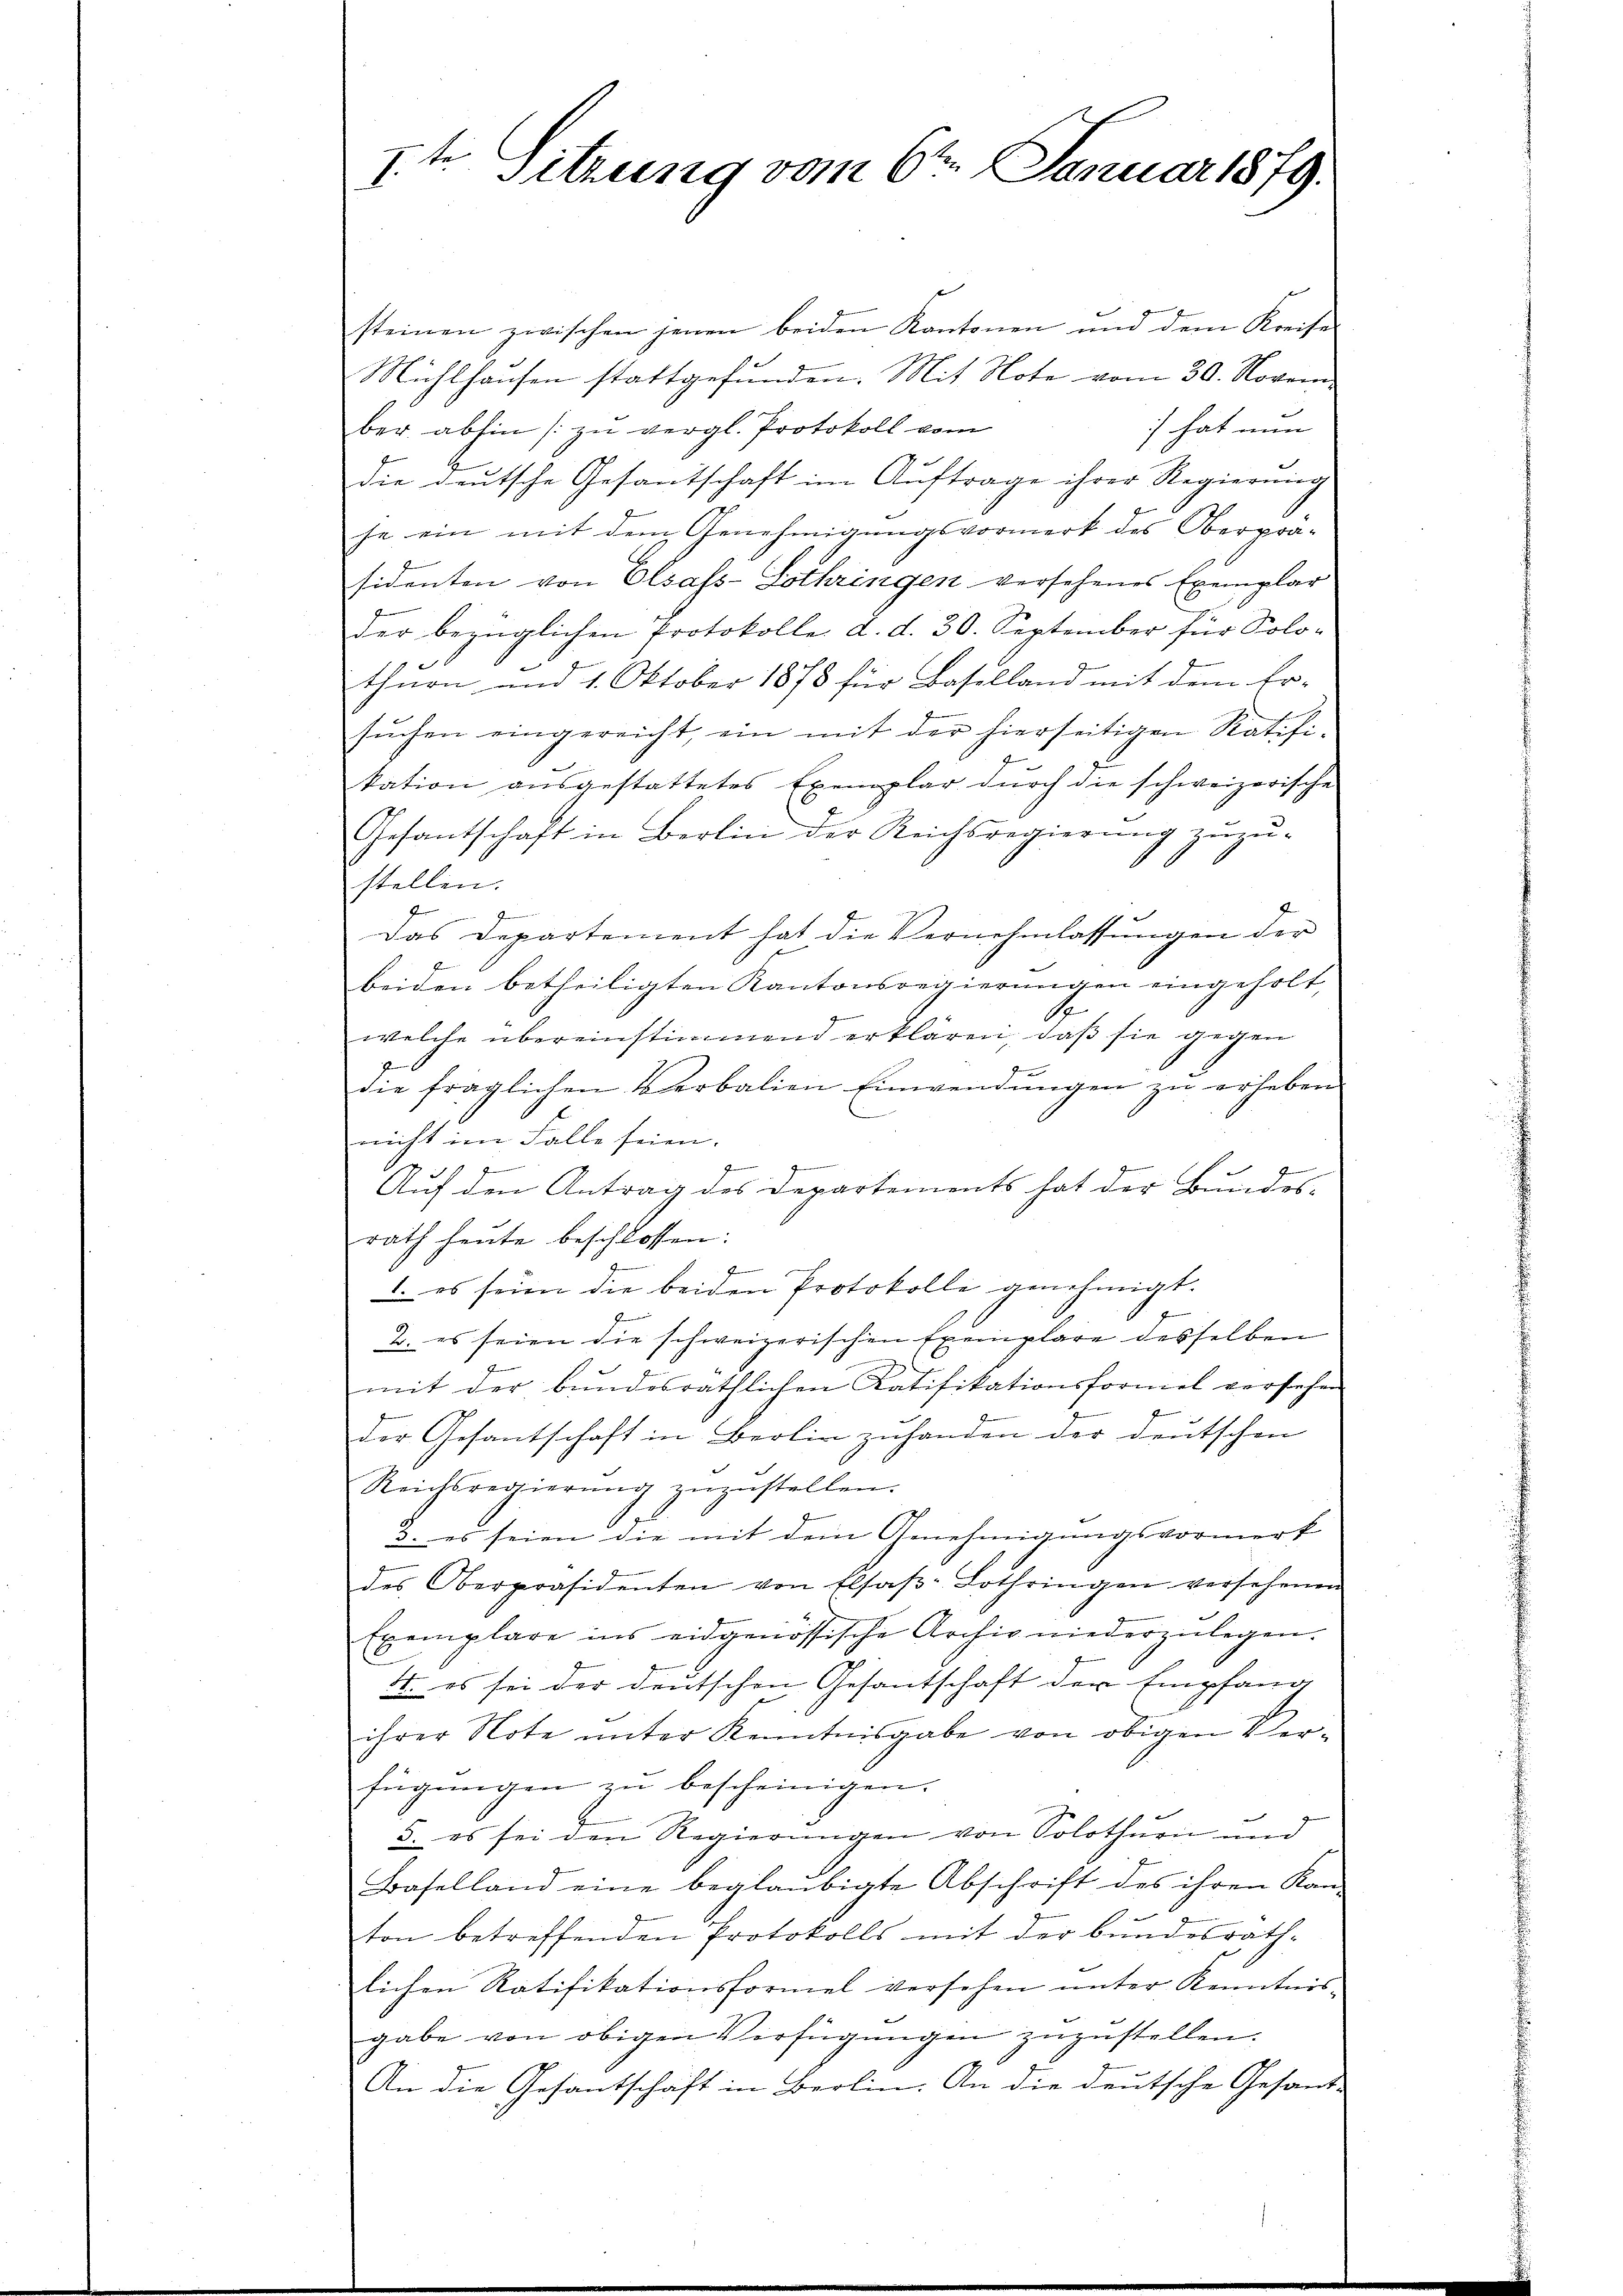
1.t Sitzung vom 6ten Januar 1879.

steinen zwischen jenen beiden Kantonen und dem Kreise
Mühlhausen stattgefunden. Mit Note vom 30. Novem-
) hat nun
ber abhin zu vergl. Protokoll vom
die deutsche Gesantschaft im Auftrage ihrer Regierung
he ein mit dem Genehmigungsvormerk des Oberprä-
sidenten von Elsass-Lothringen versehenes Exemplar
der bezüglichen Protokolle d. d. 30. September für Solo-
thurn und 1. Oktober 1878 für Baselland mit dem Er-
suchen eingereicht, ein mit der hierseitigen Ratifi-
kation aŭsgestattetes Exemplar dŭrch die schweizerische
Gesandtschaft in Berlin der Reichsregierung zuzu-
stellen.
J
.
das Departement hat die Vernehmlassŭngen der
beiden betheiligten Kantonsregierungen eingeholt,
1
welche übereinstimmend erklären, daß sie gegen
p
die fraglichen Verbalien Einwendungen zu erheben.
nicht im Falle seien.
Seiner Gemein
1 x
Auf den Antrag des Departements hat der Bundes-
rath heute beschlossen:
f
1. es sein die beiden Protokolle genehmigt.
2. es seien die schweizerischen Exemplare desselben

mit der bundesräthlichen Ratifikationsformel versehen
der Gesantschaft in Berlin zuhanden der deutschen
Reichsregierŭng zuzustellen.
3. es seien die mit dem Genehmigungsvormerk
des Oberpräsidenten von Elsaβ-Lothringen versehenen
Exemplare ins eidgenössische Archiv niederzulegen.
4. es sei der deutschen Gesantschaft der Empfang
ihrer Note ŭnter Kenntnisgabe von obigen Ver-
fügungen zu bescheinigen.
3. es sei den Regierungen von Solothurn und
Baselland eine beglaubigte Abschrift des ihren Kanton betreffenden Protokolls mit der bundesrath-
lichen Ratifikationsformel versehen unter Kenntnisgabe von obigen Verfügungen zuzustellen.
An die Gesantschaft in Berlin. An die deutsche Gesant-